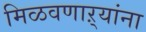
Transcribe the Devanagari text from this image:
मिळवणाऱ्यांना